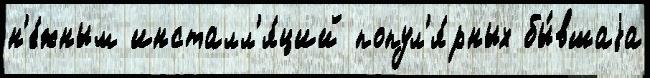
н'е́жным инсталл'я́ций попул'я́рных бы́вшаjа